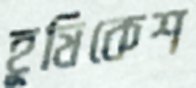
হূষিকেশ